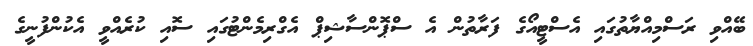
ބޭއްވި ރަސްމިއްޔާތުގައި އެސްޓީއޯގެ ފަރާތުން އެ ސްޕޮންސާޝިޕް އެގްރިމެންޓުގައި ސޮއި ކުރެއްވީ އެކުންފުނީގެ